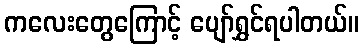
ကလေးတွေကြောင့် ပျော်ရွှင်ရပါတယ်။